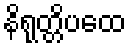
နိရုတ္တိပထေ